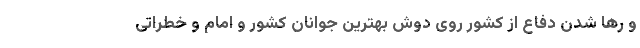
و رها شدن دفاع از کشور روی دوش بهترین جوانان کشور و امام و خطراتی